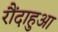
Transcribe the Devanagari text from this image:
रौंदाहुआ